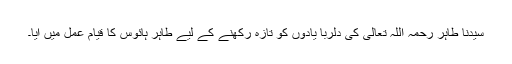
سیدنا طاہر رحمہ اللہ تعالیٰ کی دلربا یادوں کو تازہ رکھنے کے لیے طاہر ہائوس کا قیام عمل میں آیا۔